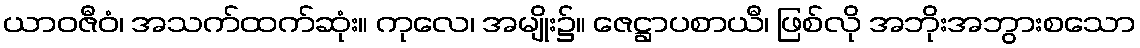
ယာဝဇီဝံ၊ အသက်ထက်ဆုံး။ ကုလေ၊ အမျိုး၌။ ဇေဋ္ဌာပစာယီ၊ ဖြစ်လို အဘိုးအဘွားစသော